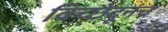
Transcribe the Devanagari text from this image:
विच्छेदूनच